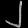
Digit: ၂